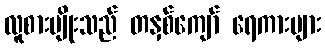
လူစားမျိုးသည် တနှစ်ကျော် ရေကားများ